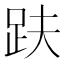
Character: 趺